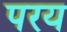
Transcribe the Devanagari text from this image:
परय